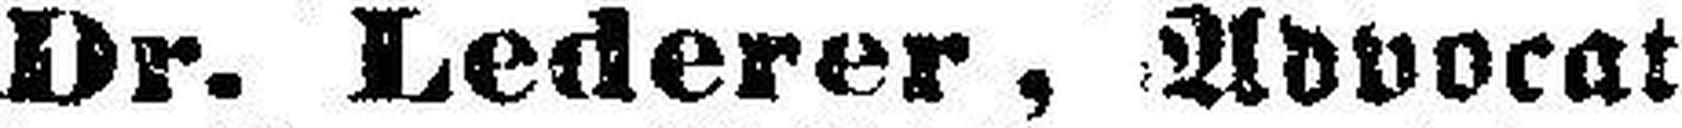
Dr. Lederer, Advocat